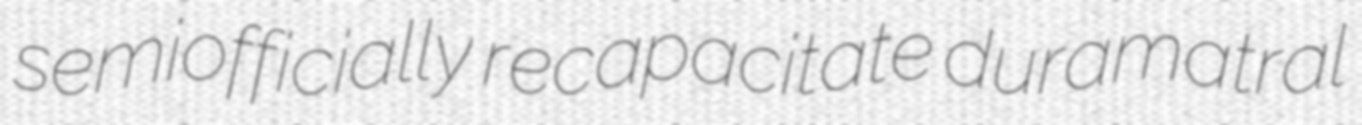
semiofficially recapacitate duramatral